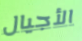
الأجيال